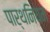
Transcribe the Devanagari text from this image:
पार्थनियम